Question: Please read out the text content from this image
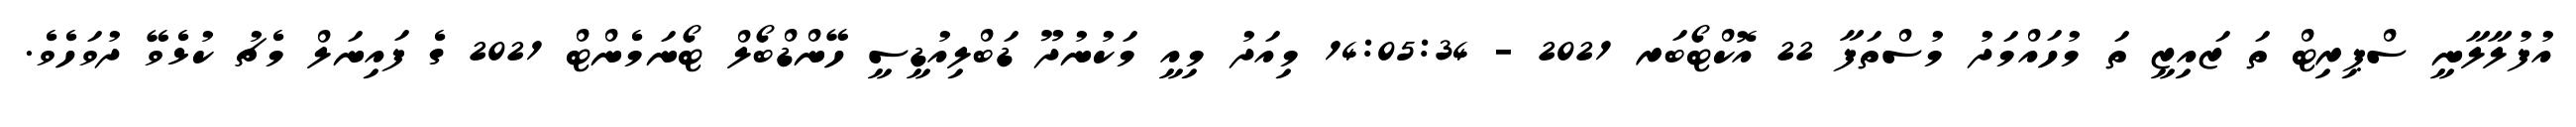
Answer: އުފުލާލާނީ ސްޕިރިޓް ތަ ޒައިޒީ ތަ މުހައްމަދު މުސްތަފާ 22 އޮކްޓޯބަރ 2021 - 14:05:34 މިއަދު މިއީ މަކުނުދޫ ޑަބްލިއުޑީސީ ހޭންޑްބޯލް ޓޯނަމެންޓް 2021 ގެ ފައިނަލް މެޗު ކުޅެވޭ ދުވަހެވެ.